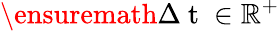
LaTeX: \ensuremath{\Delta\mathrm{~t~}}\in\mathbb{R}^{+}